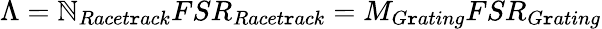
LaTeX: \Lambda=\mathbb{N}_{Racet\mathtt{r}ack}FSR_{Racet\mathtt{r}ack}=M_{G\mathtt{r}ating}FSR_{G\mathtt{r}ating}